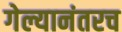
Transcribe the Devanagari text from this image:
गेल्यानंतरच